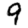
Digit: 9